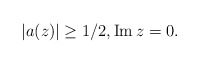
\begin{align*}|a(z)|\geq 1/2, \operatorname{Im} z=0.\end{align*}